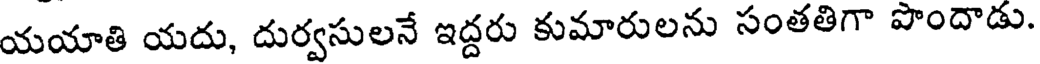
యయాతి యదు, దుర్వసులనే ఇద్దరు కుమారులను సంతతిగా పొందాడు.